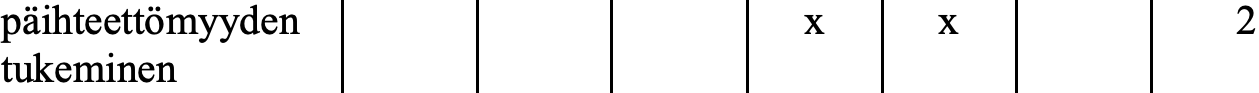
päihteettömyyden           x   x         2 tukeminen